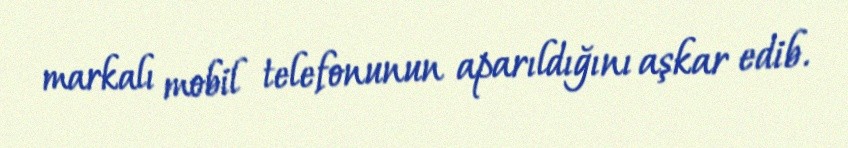
markalı mobil telefonunun aparıldığını aşkar edib.